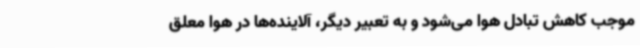
موجب کاهش تبادل هوا می‌شود و به تعبیر دیگر، آلاینده‌ها در هوا معلق